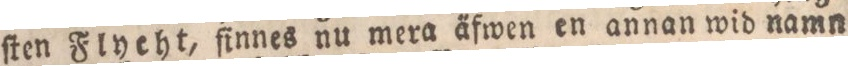
ſten Flyeht, finnes nu mera a̋fwen en annan wid namn